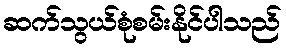
ဆက်သွယ်စုံစမ်းနိုင်ပါသည်